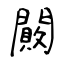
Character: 闝